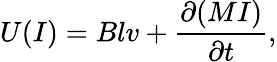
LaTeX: U(I)=Blv+\frac{\partial(MI)}{\partial t},